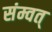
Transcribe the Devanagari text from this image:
संम्वत्